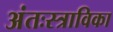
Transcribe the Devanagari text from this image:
अंतःस्त्राविका